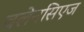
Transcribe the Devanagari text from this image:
बलेनसिएज